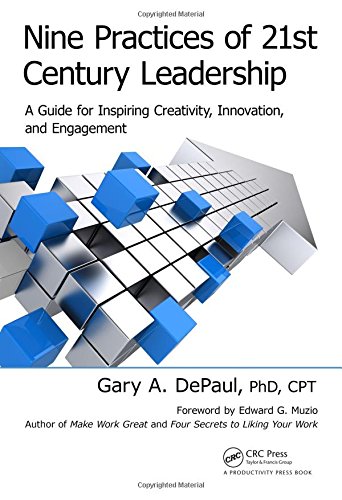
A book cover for Nine Practices of 21st Century Leadership: A Guide for Inspiring Creativity, Innovation, and Engagement; Gary A. DePaul; Business & Money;